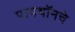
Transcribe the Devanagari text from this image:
पायथॉनचे